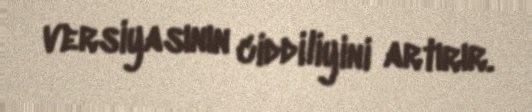
versiyasının ciddiliyini artırır.